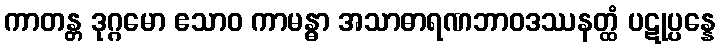
ကာတန္တ ဒုဂ္ဂမော ဧသာဝ ကာမန္ဓာ အသာဓာရဏဘာဝဒဿနတ္ထံ ပဋုပ္ပန္နေ